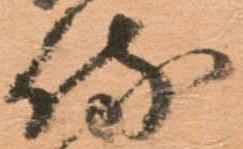
侍